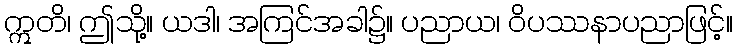
ဣတိ၊ ဤသို့။ ယဒါ၊ အကြင်အခါ၌။ ပညာယ၊ ဝိပဿနာပညာဖြင့်။